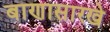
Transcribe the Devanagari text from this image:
बाणासारखे